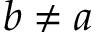
b \neq a